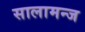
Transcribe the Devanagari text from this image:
सालामन्ज